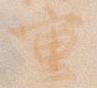
重